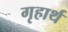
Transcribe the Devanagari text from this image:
गृहार्थ